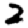
Digit: 2